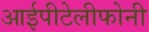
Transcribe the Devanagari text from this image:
आईपीटेलीफोनी